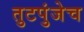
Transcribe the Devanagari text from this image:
तुटपुंजेच